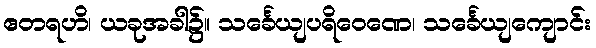
ဧတရဟိ၊ ယခုအခါ၌။ သင်္ခေယျပရိဝေဏေ၊ သင်္ခေယျကျောင်း